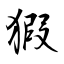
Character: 猳